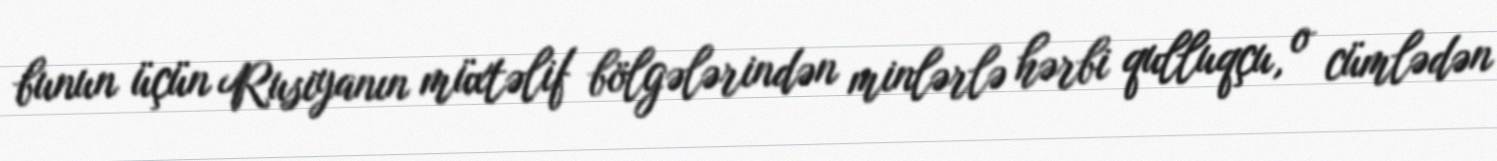
bunun üçün Rusiyanın müxtəlif bölgələrindən minlərlə hərbi qulluqçu, o cümlədən